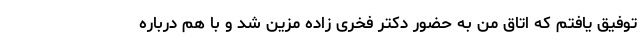
توفیق یافتم که اتاق من به حضور دکتر فخری زاده مزین شد و با هم درباره